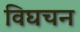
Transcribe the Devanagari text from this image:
विघचन